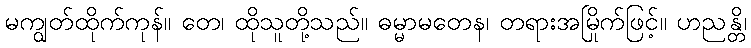
မကျွတ်ထိုက်ကုန်။ တေ၊ ထိုသူတို့သည်။ ဓမ္မာမတေန၊ တရားအမြိုက်ဖြင့်။ ဟညန္တိ၊